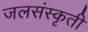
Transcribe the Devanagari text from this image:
जलसंस्कृती